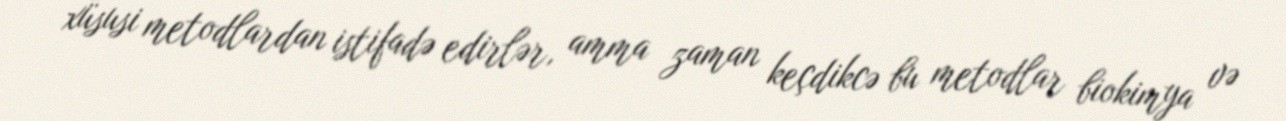
xüsusi metodlardan istifadə edirlər, amma zaman keçdikcə bu metodlar biokimya və